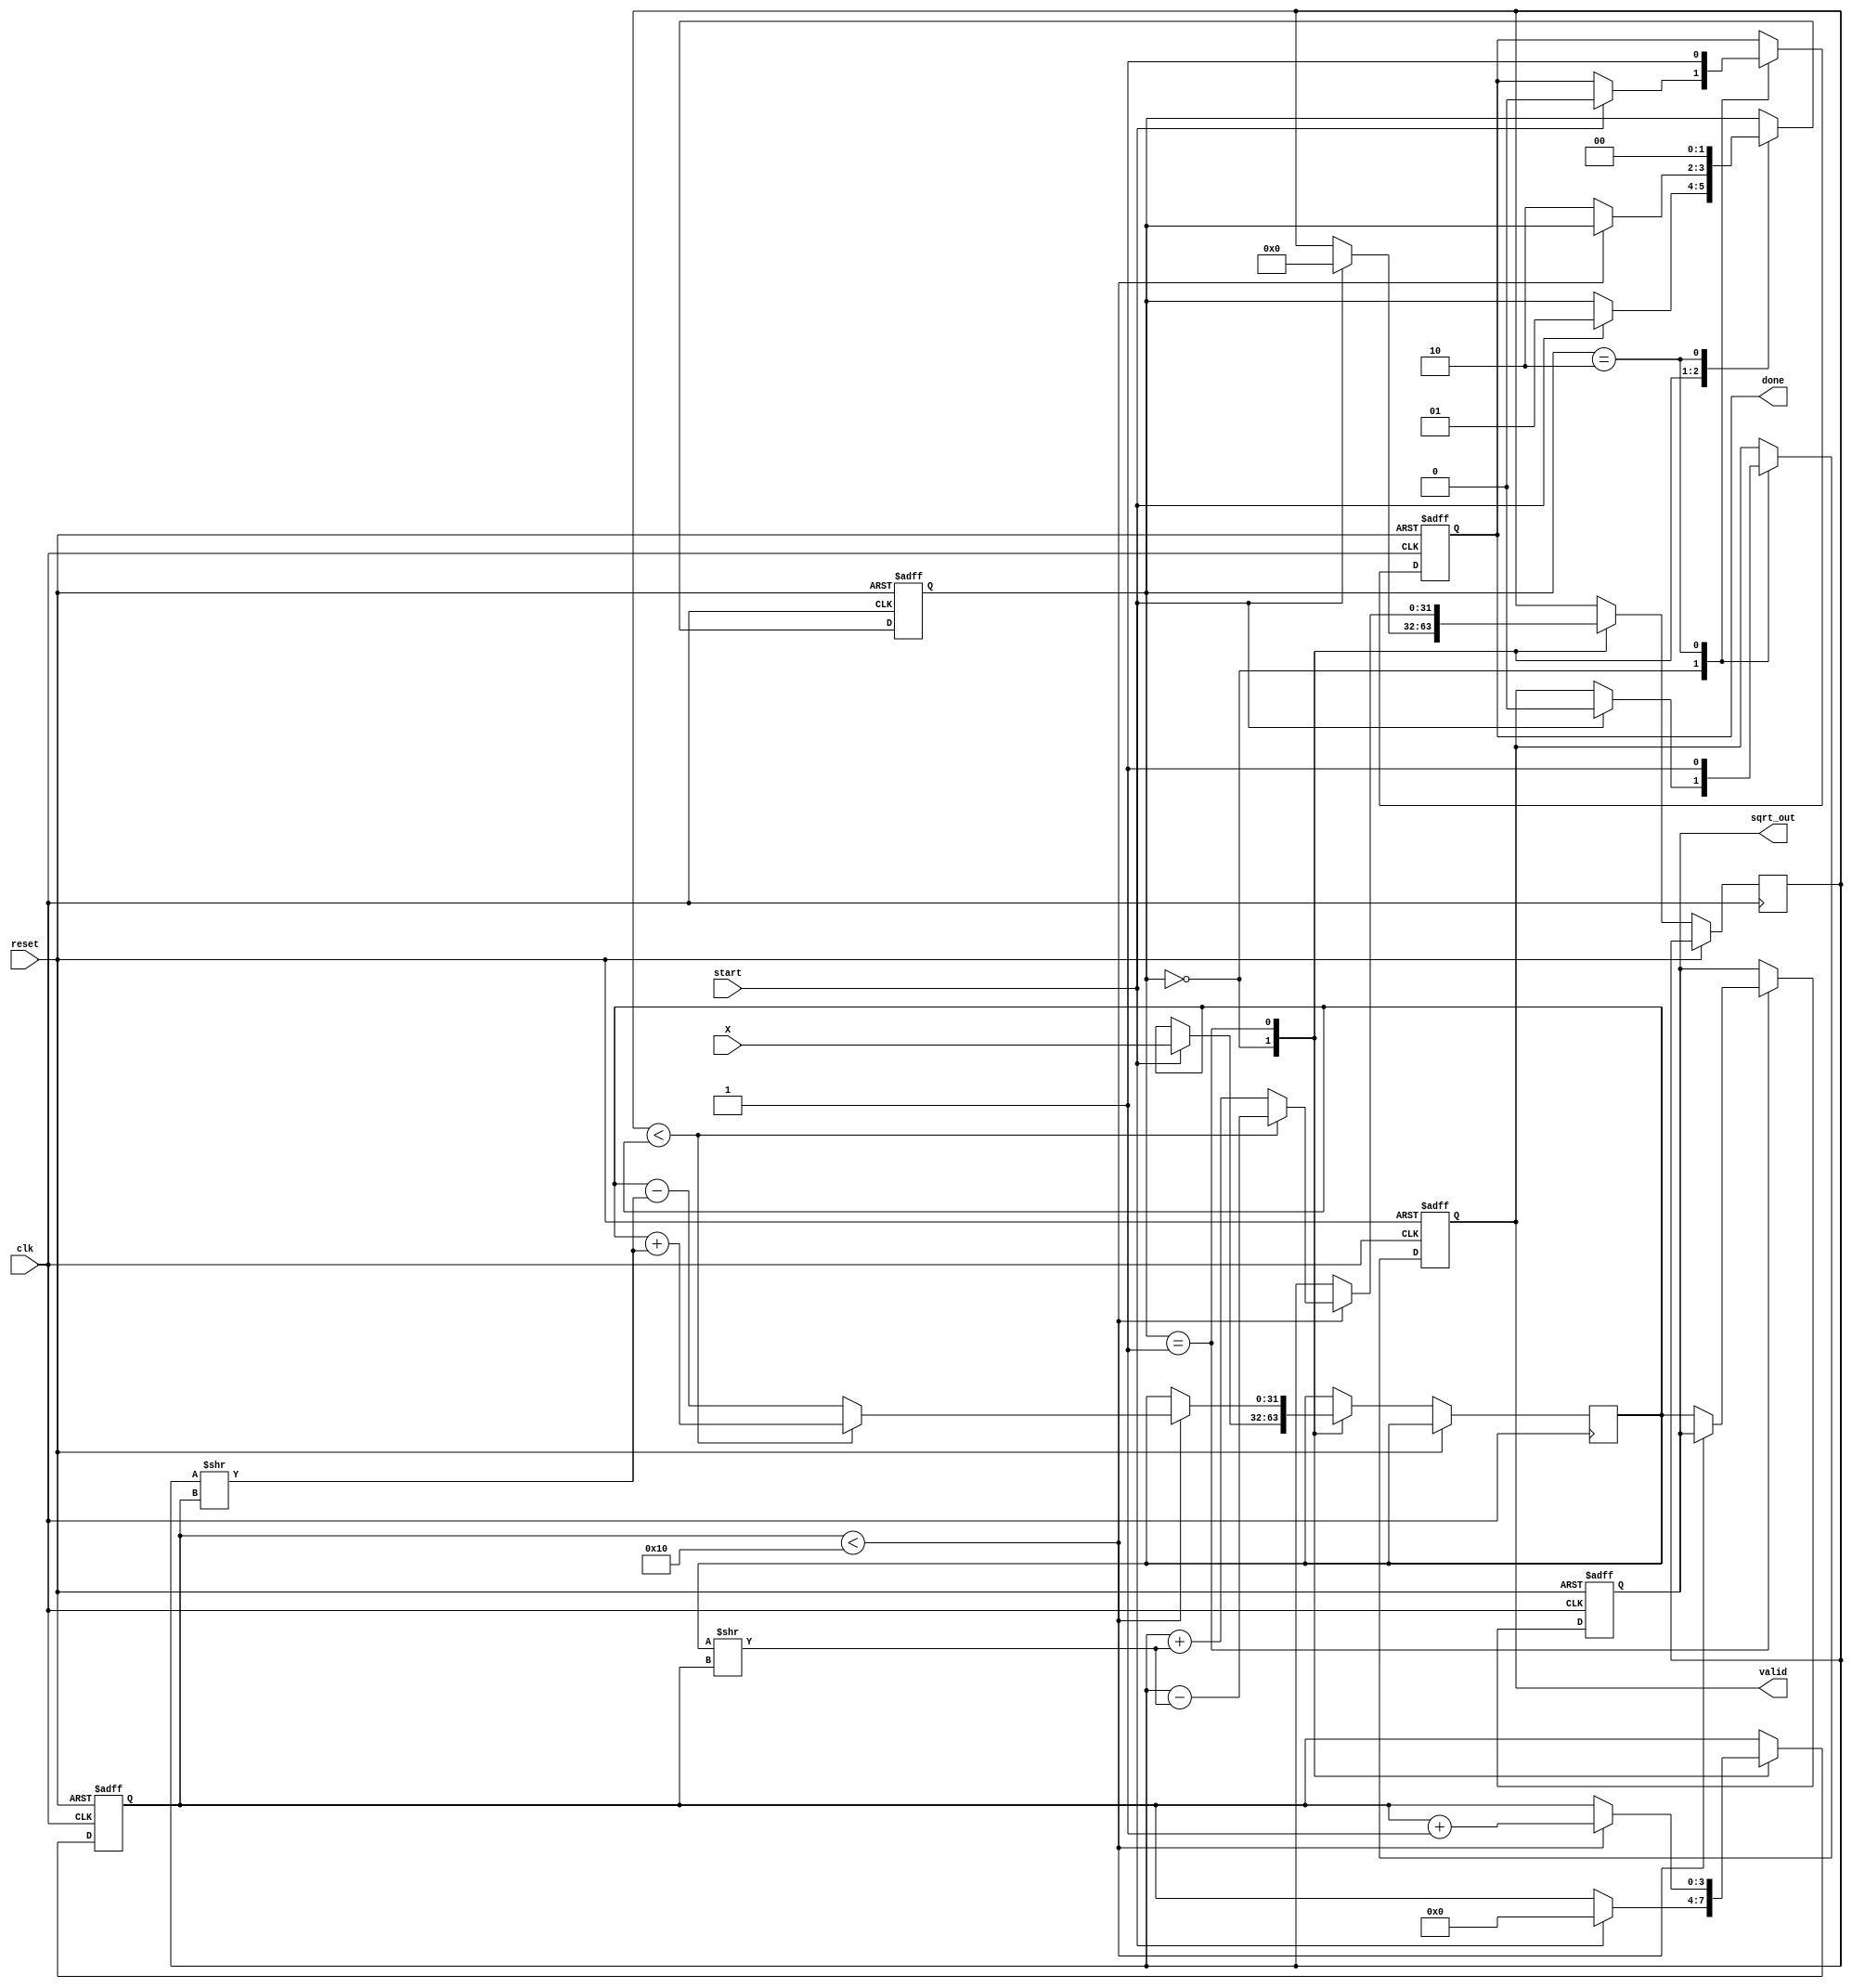
module cordic_sqrt (
    input wire clk,
    input wire reset,
    input wire start,
    input wire [31:0] X, // Fixed-point input
    output reg [31:0] sqrt_out, // Fixed-point output
    output reg done, // Completion signal
    output reg valid // Valid output signal
);

    // Parameters
    parameter NUM_ITERATIONS = 16; // Number of iterations for CORDIC
    parameter FIXED_POINT_FRACTIONAL_BITS = 16; // Fractional bits for fixed-point representation

    // Internal registers
    reg [31:0] x_reg, y_reg; // CORDIC x and y registers
    reg [31:0] z_reg; // Angle register
    reg [3:0] iteration; // Iteration counter
    reg [1:0] state; // FSM state

    // State encoding
    localparam IDLE = 2'b00;
    localparam COMPUTE = 2'b01;
    localparam DONE = 2'b10;

    // CORDIC rotation angles for square root calculation
    reg [31:0] angles [0:NUM_ITERATIONS-1];
    initial begin
        // Predefined angles for CORDIC (in fixed-point format)
        angles[0] = 32'h00000000; // 0 degrees
        angles[1] = 32'h00000000; // 0 degrees
        angles[2] = 32'h00000000; // 0 degrees
        angles[3] = 32'h00000000; // 0 degrees
        angles[4] = 32'h00000000; // 0 degrees
        angles[5] = 32'h00000000; // 0 degrees
        angles[6] = 32'h00000000; // 0 degrees
        angles[7] = 32'h00000000; // 0 degrees
        angles[8] = 32'h00000000; // 0 degrees
        angles[9] = 32'h00000000; // 0 degrees
        angles[10] = 32'h00000000; // 0 degrees
        angles[11] = 32'h00000000; // 0 degrees
        angles[12] = 32'h00000000; // 0 degrees
        angles[13] = 32'h00000000; // 0 degrees
        angles[14] = 32'h00000000; // 0 degrees
        angles[15] = 32'h00000000; // 0 degrees
    end

    // FSM for controlling the iterations
    always @(posedge clk or posedge reset) begin
        if (reset) begin
            state <= IDLE;
            done <= 0;
            valid <= 0;
            iteration <= 0;
            sqrt_out <= 0;
        end else begin
            case (state)
                IDLE: begin
                    if (start) begin
                        // Initialize registers
                        x_reg <= X;
                        y_reg <= 32'h00000000; // Start with y = 0
                        z_reg <= 32'h00000000; // Start with z = 0
                        iteration <= 0;
                        state <= COMPUTE;
                        done <= 0;
                        valid <= 0;
                    end
                end
                COMPUTE: begin
                    if (iteration < NUM_ITERATIONS) begin
                        // CORDIC rotation logic
                        if (y_reg < x_reg) begin
                            // Perform rotation
                            x_reg <= x_reg + (y_reg >> iteration);
                            y_reg <= y_reg - (x_reg >> iteration);
                            z_reg <= z_reg + angles[iteration];
                        end else begin
                            // Perform rotation in the opposite direction
                            x_reg <= x_reg - (y_reg >> iteration);
                            y_reg <= y_reg + (x_reg >> iteration);
                            z_reg <= z_reg - angles[iteration];
                        end
                        iteration <= iteration + 1;
                    end else begin
                        // Finalize output
                        sqrt_out <= x_reg; // The result is in x_reg
                        state <= DONE;
                    end
                end
                DONE: begin
                    done <= 1;
                    valid <= 1;
                    state <= IDLE; // Go back to IDLE state
                end
            endcase
        end
    end

endmodule